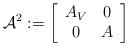
LaTeX: \begin{align*}\mathcal{A}^{2}:=\left[\begin{array}{cc}A_{V}&0\\0&A\end{array}\right]\end{align*}